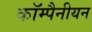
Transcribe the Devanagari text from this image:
कॉम्पैनीयन